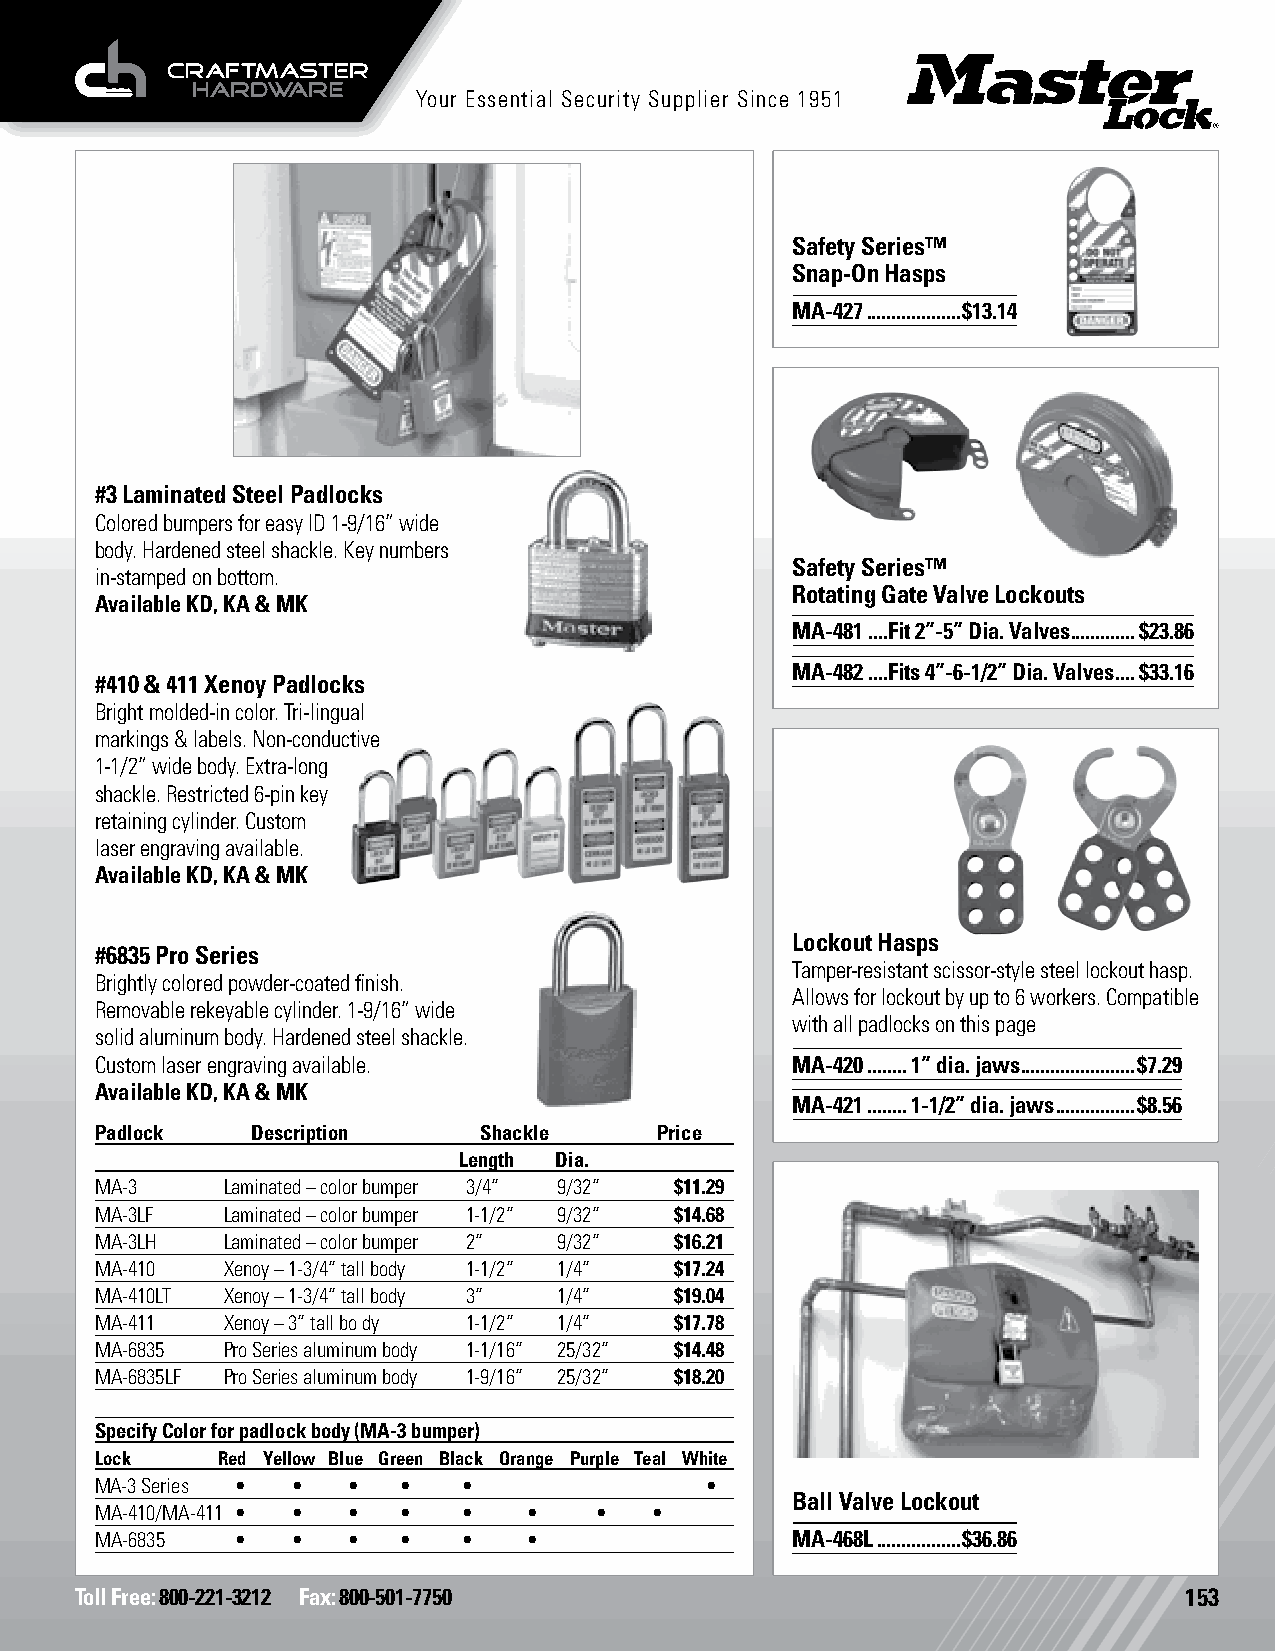
Your Essential Security Supplier Since 1951
 Safety Lockout
 Safety Series™
 Snap-On Hasps
 MA-427 ...................$13.14
 #3 Laminated Steel Padlocks
 Colored bumpers for easy ID 1-9/16” wide
 Safety Lockout
 body. Hardened steel shackle. Key numbers
 Safety Series™
 in-stamped on bottom.
 Rotating Gate Valve Lockouts
 Available KD, KA & MK
 MA-481 ....Fit 2”-5” Dia. Valves .............$23.86
 MA-482 ....Fits 4”-6-1/2” Dia. Valves ....$33.16
 #410 & 411 Xenoy Padlocks
 Bright molded-in color. Tri-lingual
 markings & labels. Non-conductive
 1-1/2” wide body. Extra-long
 shackle. Restricted 6-pin key
 retaining cylinder. Custom
 laser engraving available.
 Available KD, KA & MK
 Safety Lockout
 Lockout Hasps
 #6835 Pro Series
 Tamper-resistant scissor-style steel lockout hasp.
 Brightly colored powder-coated finish.
 Allows for lockout by up to 6 workers. Compatible
 Removable rekeyable cylinder. 1-9/16” wide
 with all padlocks on this page
 solid aluminum body. Hardened steel shackle.
 Custom laser engraving available.             MA-420 ........1” dia. jaws .......................$7.29
 Available KD, KA & MK
 MA-421 ........1-1/2” dia. jaws ................$8.56
 Padlock    Description    Shackle     Price
 Length Dia.
 MA-3     Laminated – color bumper 3/4” 9/32” $11.29
 MA-3LF   Laminated – color bumper 1-1/2” 9/32” $14.68
 MA-3LH   Laminated – color bumper 2” 9/32” $16.21
 MA-410   Xenoy – 1-3/4” tall body 1-1/2” 1/4” $17.24
 MA-410LT Xenoy – 1-3/4” tall body 3” 1/4” $19.04
 MA-411   Xenoy – 3” tall bo dy 1-1/2” 1/4” $17.78
 MA-6835  Pro Series aluminum body 1-1/16” 25/32” $14.48
 MA-6835LF Pro Series aluminum body 1-9/16” 25/32” $18.20
 Specify Color for padlock body (MA-3 bumper)
 Lock    Red Yellow Blue Green Black Orange Purple Teal White
 MA-3 Series • •  •  •    •               •
 Ball Valve Lockout Safety Lockout
 MA-410/MA-411 • • • •    •   •   •   •
 MA-6835   •  •   •  •    •   •                MA-468L .................$36.86
 Toll Free: 800-221-3212 Fax: 800-501-7750                                153